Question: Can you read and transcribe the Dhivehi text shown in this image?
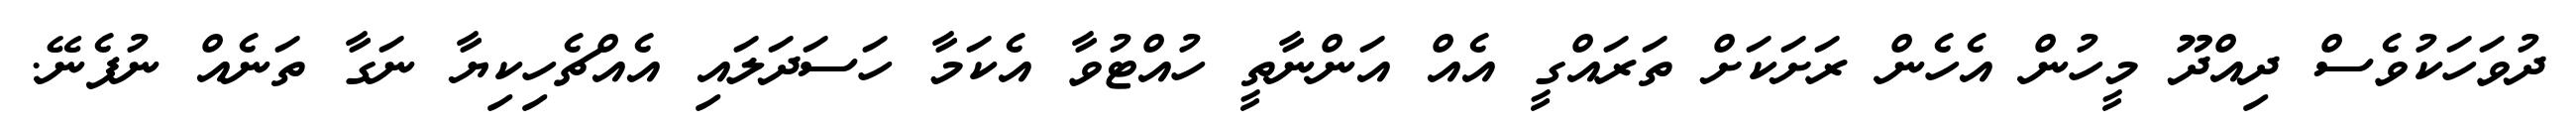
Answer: ދުވަހަކުވެސް ދިއްދޫ މީހުން އެހެން ރަށަކަށް ތަރައްގީ އެއް އަންނާތީ ހުއްޓުވާ އެކަމާ ހަސަދަލައި އެއްޗެހިކިޔާ ނަގާ ތަނެއް ނުފެނޭ.